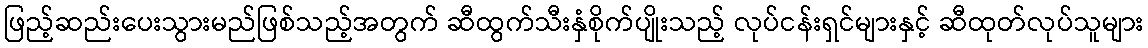
ဖြည့်ဆည်းပေးသွားမည်ဖြစ်သည့်အတွက် ဆီထွက်သီးနှံစိုက်ပျိုးသည့် လုပ်ငန်းရှင်များနှင့် ဆီထုတ်လုပ်သူများ